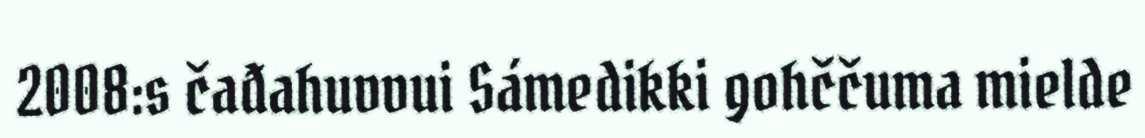
2008:s čađahuvvui Sámedikki gohččuma mielde